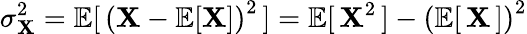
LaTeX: \sigma_{\mathbf{X}}^{2}=\operatorname{\mathbb{{E}}}[\, \left(\mathbf{X}-\operatorname{\mathbb{{E}}}[\mathbf{X}]\right)^{2}\, ]=\operatorname{\mathbb{{E}}}[\, \mathbf{X}^{2}\, ]-\left(\operatorname{\mathbb{{E}}}[\, \mathbf{X}\, ]\right)^{2}